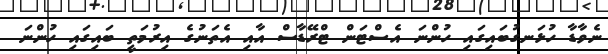
ނެވާޑާ ހުޅަނގުބައިގައި ހުންނަ އެސްޓަން ޓްރޭޑާސް އާއި އެތަނުގެ އިރުމަތީ ބައިގައި ހުންނަ